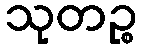
သုတဉ္စ